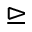
\trianglerighteq